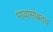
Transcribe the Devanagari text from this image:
भावासोबतच